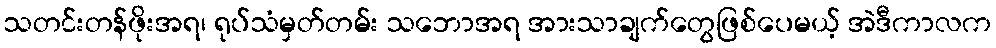
သတင်းတန်ဖိုးအရ၊ ရုပ်သံမှတ်တမ်း သဘောအရ အားသာချက်တွေဖြစ်ပေမယ့် အဲဒီကာလက